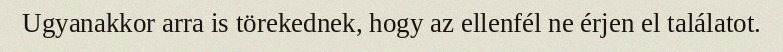
Ugyanakkor arra is törekednek, hogy az ellenfél ne érjen el találatot.